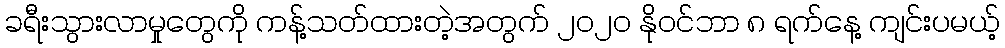
ခရီးသွားလာမှုတွေကို ကန့်သတ်ထားတဲ့အတွက် ၂၀၂၀ နိုဝင်ဘာ ၈ ရက်နေ့ ကျင်းပမယ့်